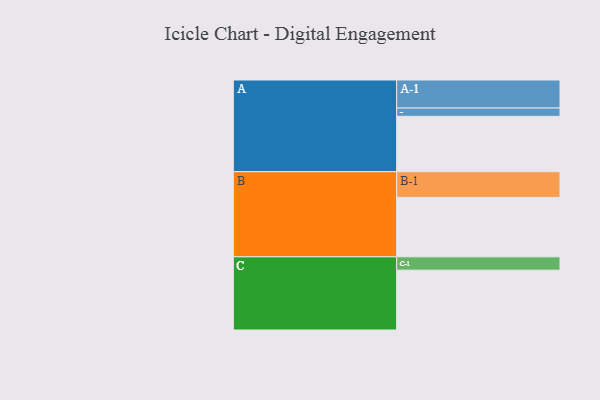
{"axis": {"x": "Segment", "y": "Value"}, "legend": ["", "A", "B", "C"], "data": [{"x": "A", "y": 407, "type": ""}, {"x": "B", "y": 437, "type": ""}, {"x": "C", "y": 440, "type": ""}, {"x": "A-1", "y": 206, "type": "A"}, {"x": "A-2", "y": 61, "type": "A"}, {"x": "B-1", "y": 189, "type": "B"}, {"x": "C-1", "y": 98, "type": "C"}]}